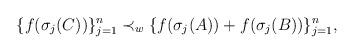
LaTeX: \begin{align*} \{f(\sigma_j(C))\}_{j=1}^n \prec_w \{f(\sigma_j(A))+ f(\sigma_j(B))\}_{j=1}^n, \end{align*}